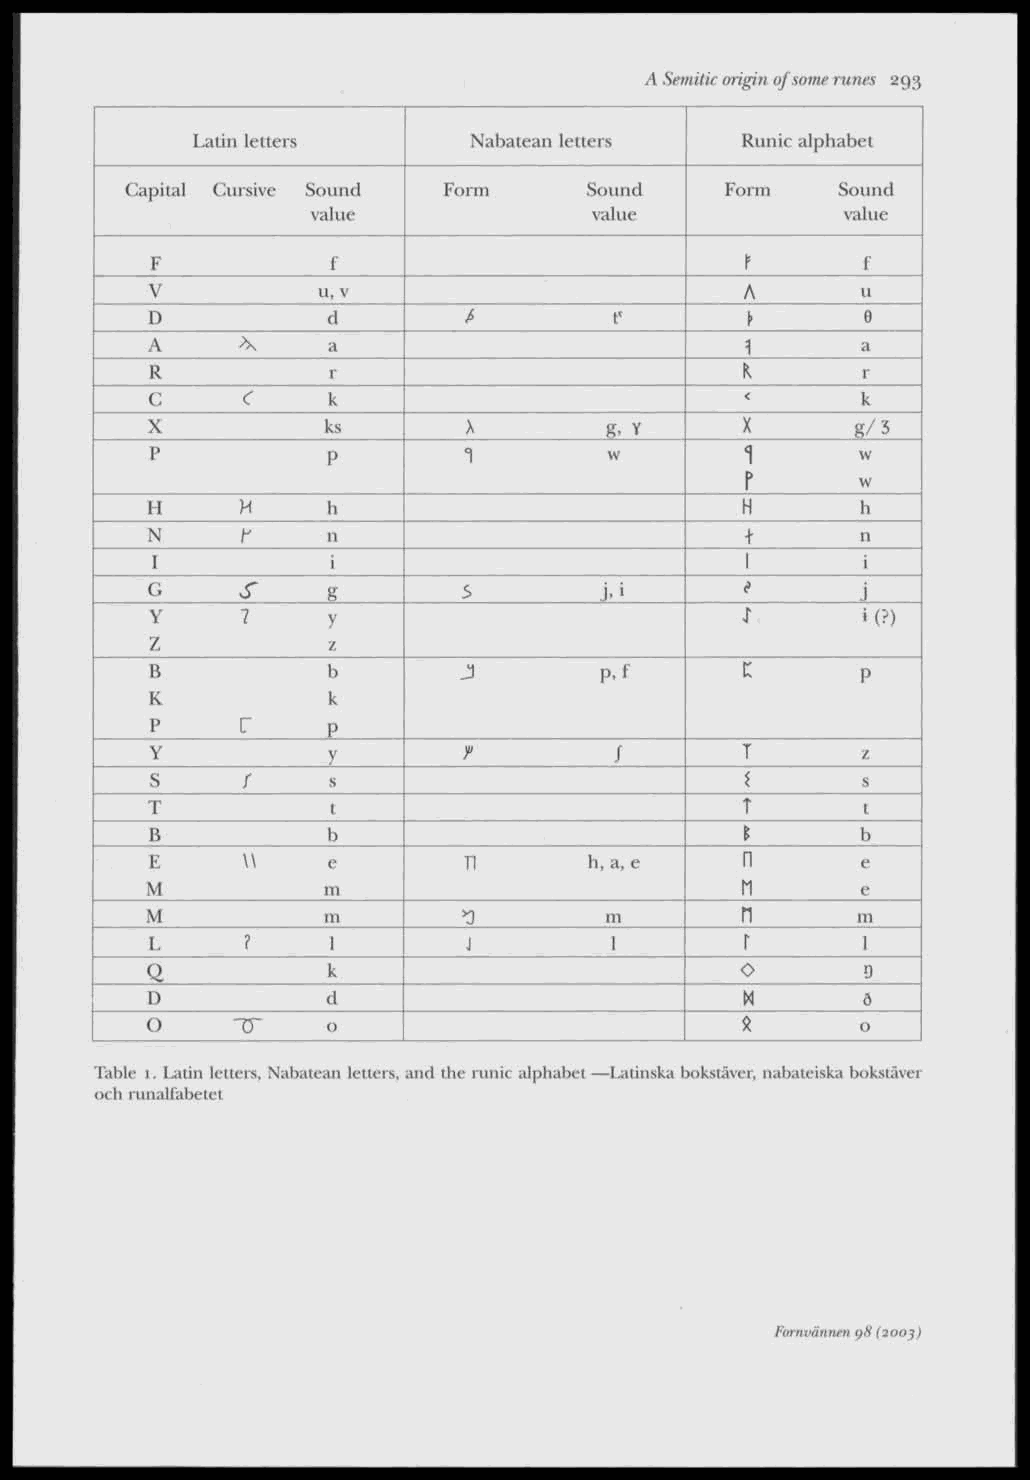
A Semitic origin of some runes 293
 Latin letters     Nabatean letters  Runic alphabet
 Capital Cursive Sound Form     Sound    Form    Sound
 vallie            value            value
 t
 F           f                                  f
 V          u, v                        A       u
 D           d        fr        t'       \      e
 A     \     a                          1       a
 R           r                          K       r
 C     C     k                          <       k
 X          ks        >\       g. Y     X       g/3
 P           P        1        vv       1       w
 p       w
 H     H     h                          H       h
 N     f     n                          +       n
 I           i                          1       i
 G     s     g        3        j.i      i       i
 Y     7     y                          t       *(?)
 Z           z
 B           b       J         p.f      C       p
 K           k
 r
 P           P
 Y           y        f         /       T       z
 S     f     s                          {       s
 T           t                          T       t
 B           b                          *       b
 E     w     e        TI      b, a, c   n       e
 M          m                           (i      e
 M          m         ^        m        n       m
 L     ?     1        J        1        r       1
 Q           k                          0       D
 D           d                          M       d
 O    TT     0                          X       0
 Table 1. Latin letters, Nabatean letters, and the runic alphabet —Latinska bokstäver, nabateiska bokstäver
 och runalfabctet
 Fornvännen g8 (2003)